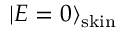
| E = 0 \rangle _ { \mathrm { s k i n } }